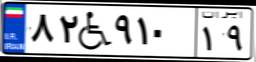
۸۲W۹۱۰۱۹